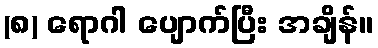
(၈) ရောဂါ ပျောက်ပြီး အချိန်။